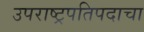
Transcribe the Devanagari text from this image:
उपराष्ट्रपतिपदाचा